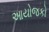
આયોજકો